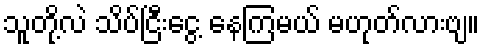
သူတို့လဲ သိပ်ငြီးငွေ့ နေကြမယ် မဟုတ်လားဗျ။